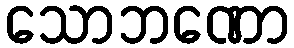
သောဘဏော